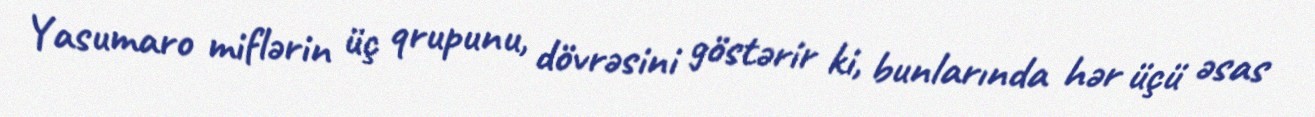
Yasumaro miflərin üç qrupunu, dövrəsini göstərir ki, bunlarında hər üçü əsas